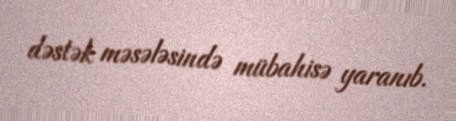
dəstək məsələsində mübahisə yaranıb.